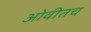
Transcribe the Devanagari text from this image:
ओवीतच